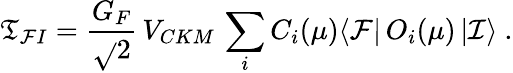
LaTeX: \mathfrak{T}_{\mathcal{F}I}=\frac{{G_{F}}}{{\sqrt{}{{2}}}}\, V_{CKM}\, \sum_{i}C_{i}(\mu)\langle\mathcal{{F}}|\, O_{i}(\mu)\, |\mathcal{{I}}\rangle\ .